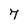
Character: 7